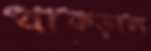
থাক্‌ড়াল